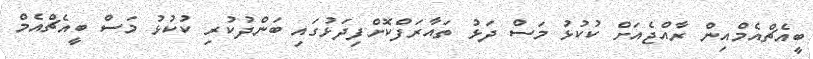
ބީއެޗްއެމްއިން ރާއްޖެއަށް ކުކުޅު މަސް ދަޅު ތައާރަފްކޮށްފިދަޅުގައި ބަންދުކުރި ކުކުޅު މަސް ބީއެޗްއެމް